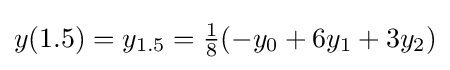
y(1.5)=y_{1.5}={\tfrac {1}{8}}(-y_{0}+6y_{1}+3y_{2})